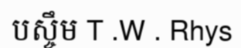
បស្ចឹម T .W . Rhys